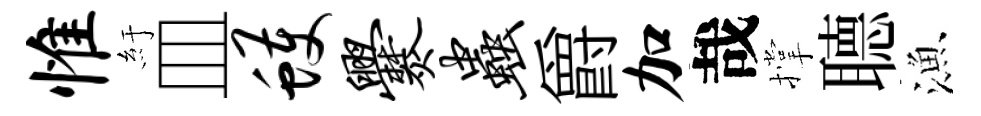
惟紆皿蠖爨虫爵加哉撑𦗟漁